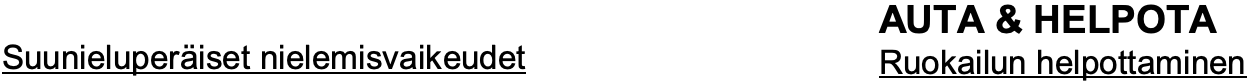
AUTA & HELPOTA Suunieluperäiset nielemisvaikeudet Ruokailun helpottaminen